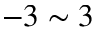
- 3 \sim 3